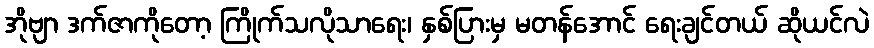
အိုဗျာ ဒက်ဇာကိုတော့ ကြိုက်သလိုသာရေး၊ နှစ်ပြားမှ မတန်အောင် ရေးချင်တယ် ဆိုယင်လဲ